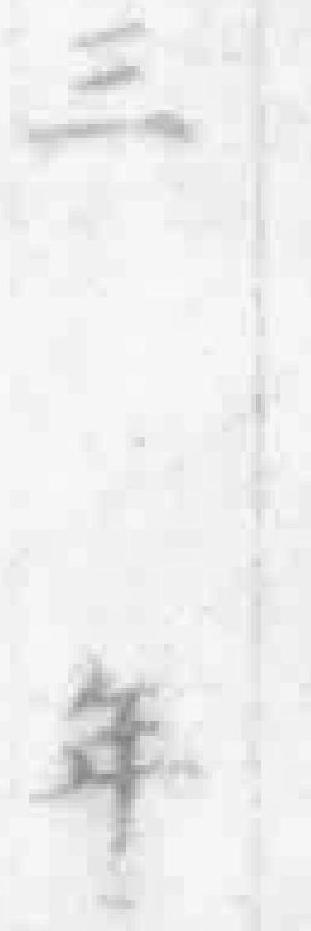
三年